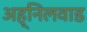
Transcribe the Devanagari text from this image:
अह्निलवाड